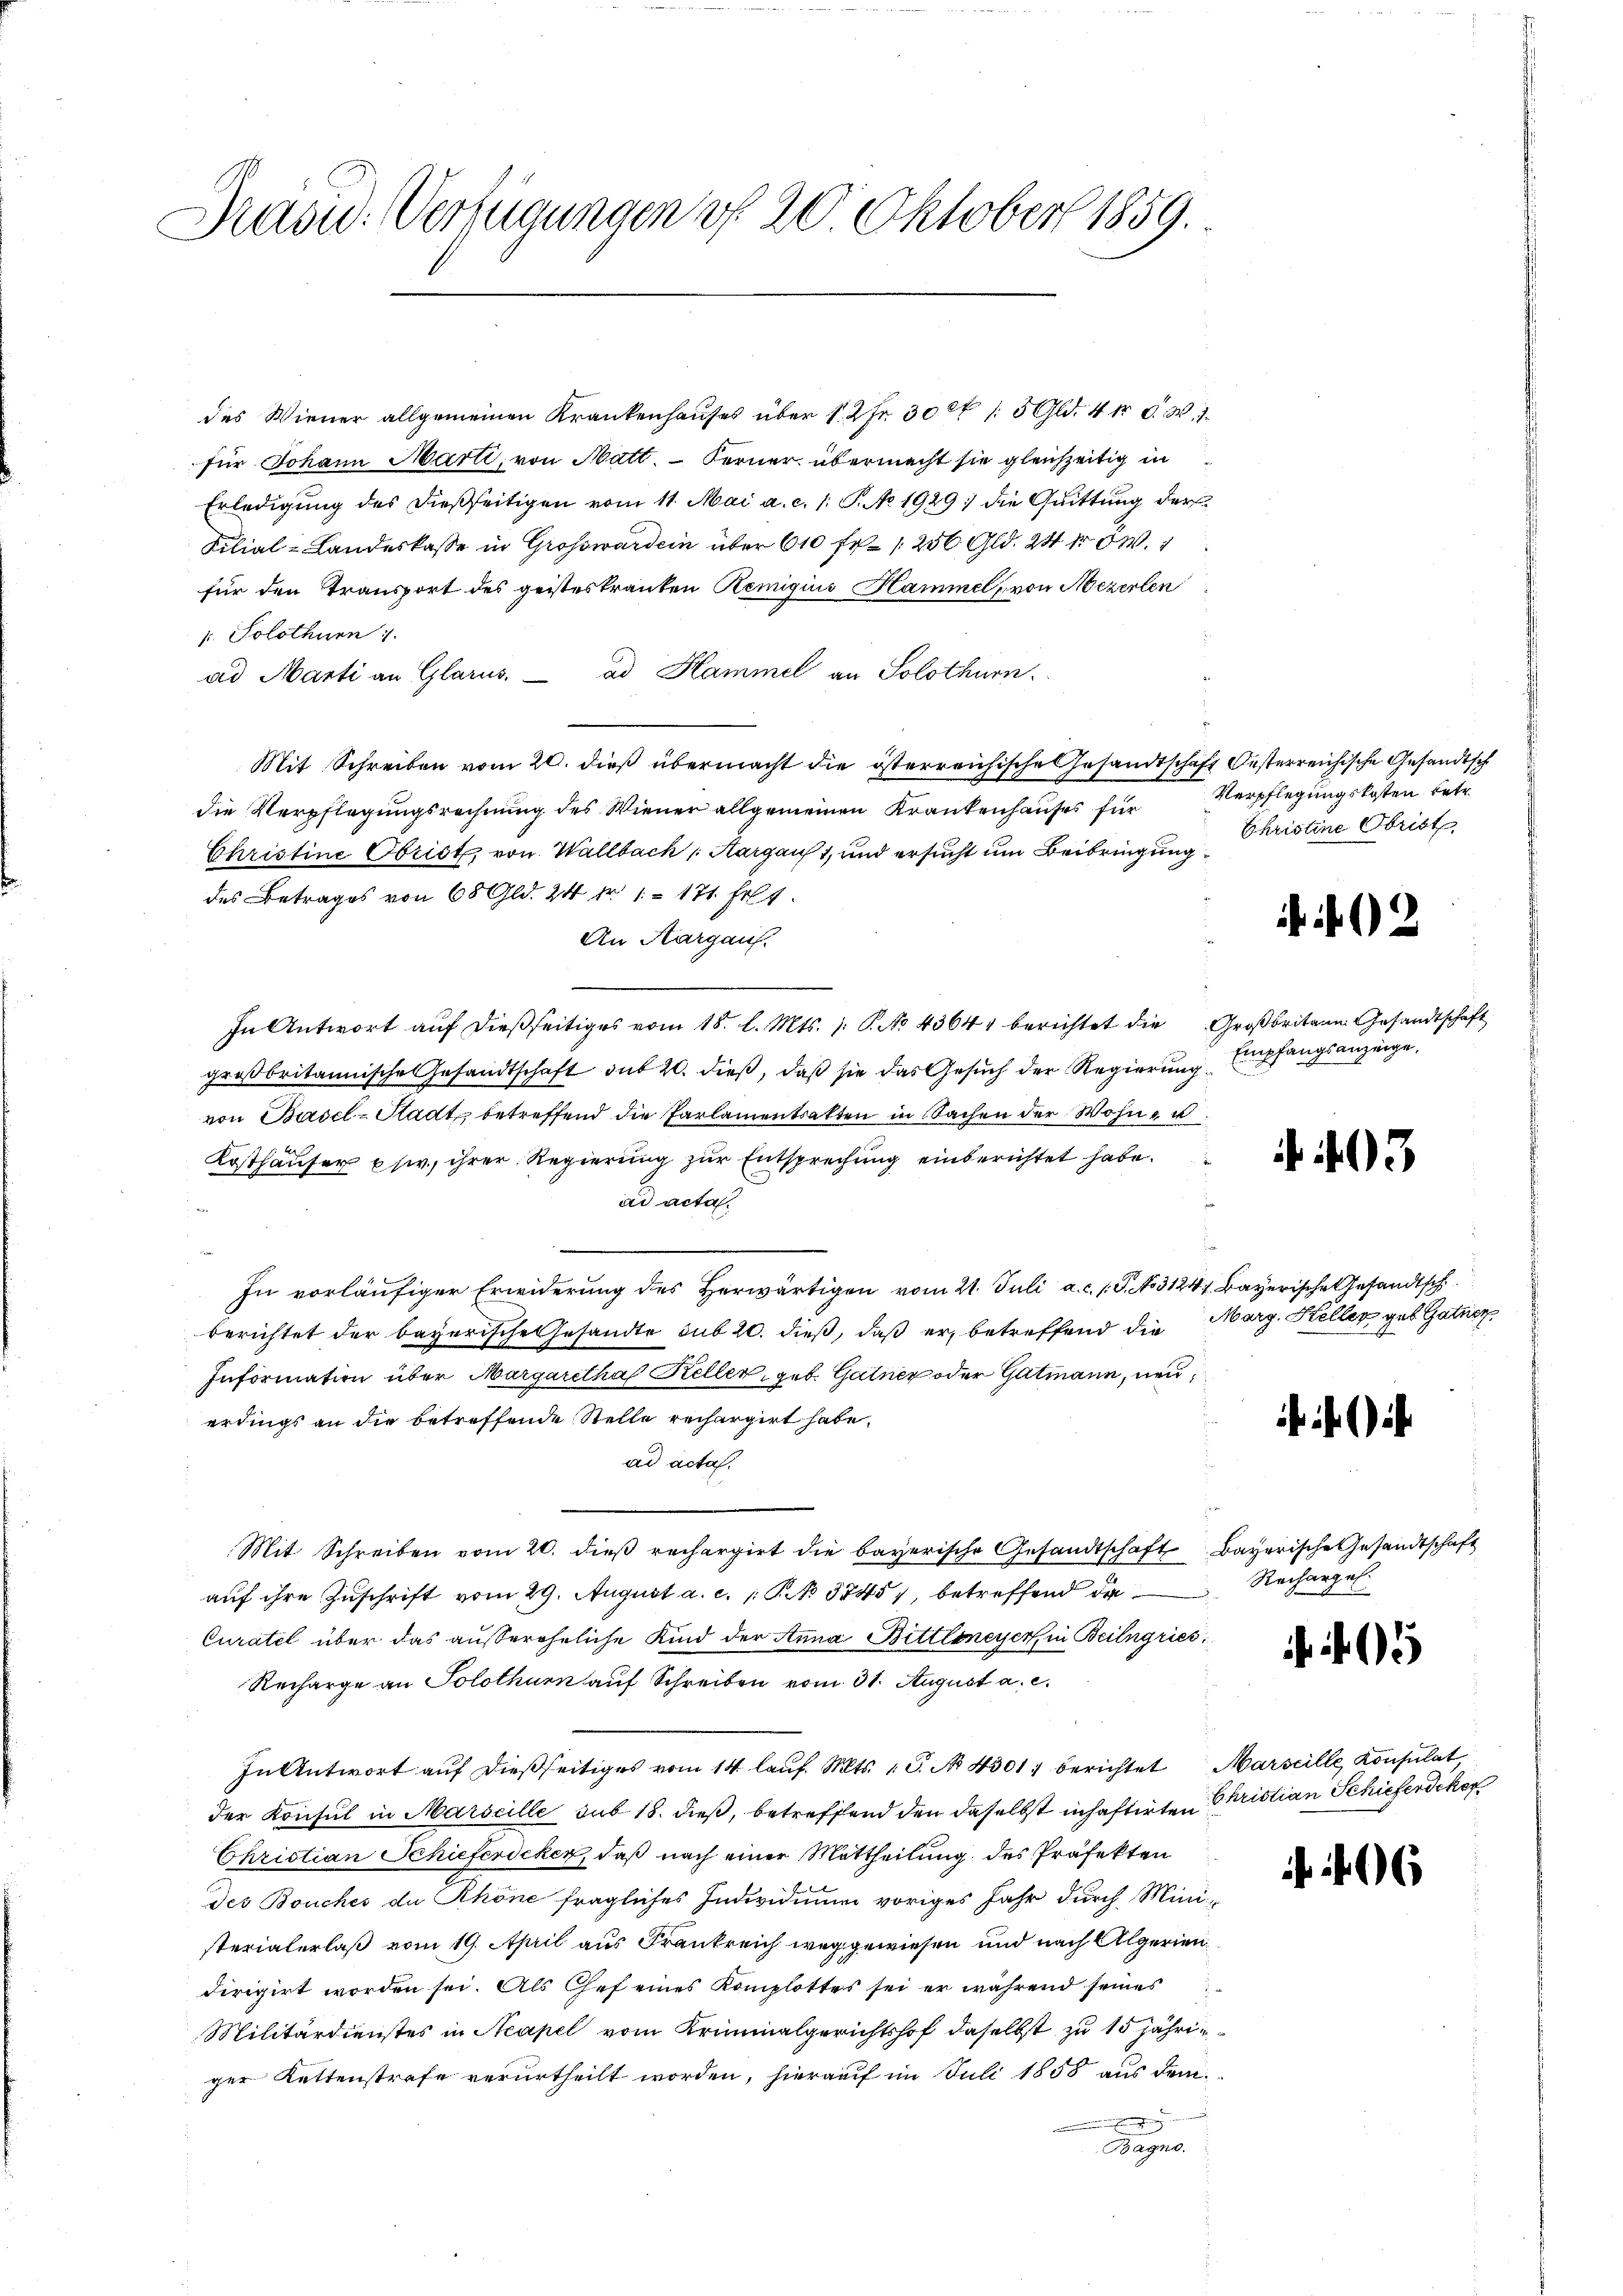
Präsid. Verfügungen v. 20 Oktober 1859.

des Wiener allgemeinen Krankenhauses über 1 2fr. 30 rt 15 Gld. 4 fr C. W. 1.
für Johann Marti, von Matt. Ferner übermacht sie gleichzeitig in
Erledigung des dießseitigen vom 11. Mai a. c. 1 S. No 1929 : die Quittung der
Filial-Landeskasse in Großward ein über 610 fr 250 Gld. 24 r W.
für den Transport des geisteskranken Remigius Hammel, von Mezerlen
s. Solothurn 1
ad Marti an Glarus. ad Hammel an Solothurn.
Mit Schreiben vom 20. dieß übermacht die österreichische Gesandtschaft Oesterreichische Gesandtsch
die Verpflegungsrechnung des Wiener allgemeinen Krankenhauses für
Christine Obrist, von Wallbach Aargauf 1, und ersucht um Beibringung Christine Obrist
des Betrages von 68 Gld. 24 fr 1171. Frl.
An Aargau.
In Antwort aŭf dießseitiges vom 18. l. Mts. 1. P. No 4364 berichtet die Großbritain Gesandtschaft
großbritannische Gesandtschaft sub 20. dieβ, daβ sie das Gesŭch der Regierŭng empfangsanzeige,
von Basel-Stadt betreffend die Parlamentrakten in Sachen der Wohne u
Kosthäuser usw., ihrer Regierung zur Entsprechung einberichtet habe.
ad acta.
In vorläufiger Erwiderung des Herwärtigen vom 21. Juli a.c. s. S. No 3124, Bayerische Gesandtsch
berichtet der bayerische Gesandte sub 20. dieß, daß er, betreffend die Marg. Keller geb. Gatner,
Information über Margaretha Keller, geb. Gatner oder Gatmann, neuerdings an die betreffende Stelle rechargirt habe.
ad acta.
Mit Schreiben vom 20. dieß rechargirt die bayerische Gesandtschaft Bayerische Gesandtschaft
auf ihre Zuschrift vom 29. August a. c. 1 S. 5745), betreffend da
Curatel über das aussereheliche Kind der Anna Bittlereyer, in Beilgries
Recharge an Solothurn auf Schreiben vom 31. August a. c.
In Antwort auf dießseitiges vom 14. laŭf. Mts. 1. No 4301. berichtet Marseille Konsulat
der Konsul in Marseille sub 18. dieß, betreffend den daselbst inhaftirten Christian Schieferdeker
Christian Schieferdeker, daß nach einer Mittheilung des Präfekten
des Bouches de Khöne fragliches Individuum voriges Jahr durch Ministerialerlaß vom 19. April aus Frankreich weggewiesen und nach Algerien
dirigirt worden sei. Als Chef eines Komplottes sei er während seines
Militärdienstes in Neapel vom Kriminalgerichtshof daselbst zu 15 jährig
ger Kettenstrafe verurtheilt worden, hierauf im Juli 1858 aus dem
Ber

Verpflegungskosten betr.

2

3

Rechargel

6